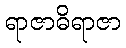
ရာဇာဓိရာဇာ